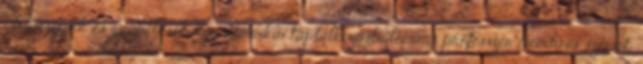
Élelmiszerek és gyümölcsök Egy amerikai táplálkozástudomány professzor mondása szerint: